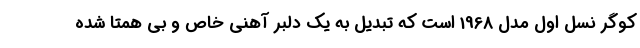
کوگر نسل اول مدل 1968 است که تبدیل به یک دلبر آهنی خاص و بی همتا شده